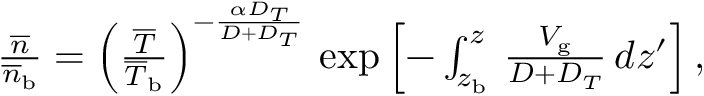
\begin{array} { r } { { \frac { \overline { { n } } } { \overline { { n } } _ { \mathrm { b } } } } = \left( { \frac { \overline { { T } } } { \overline { { T } } _ { \mathrm { b } } } } \right) ^ { - { \frac { \alpha D _ { T } } { D + D _ { T } } } } \, \exp \left[ - \int _ { z _ { \mathrm { b } } } ^ { z } \, { \frac { V _ { \mathrm { g } } } { D + D _ { T } } } \, d z ^ { \prime } \right] , } \end{array}